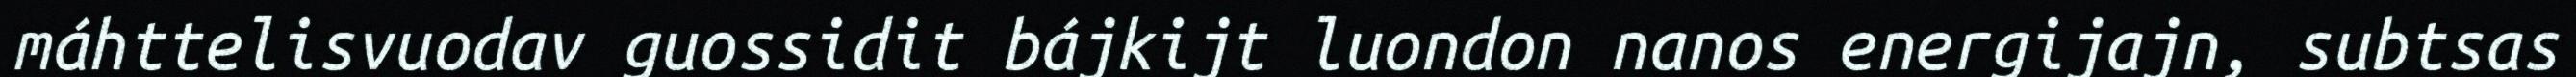
máhttelisvuodav guossidit bájkijt luondon nanos energijajn, subtsas